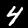
Label: 4